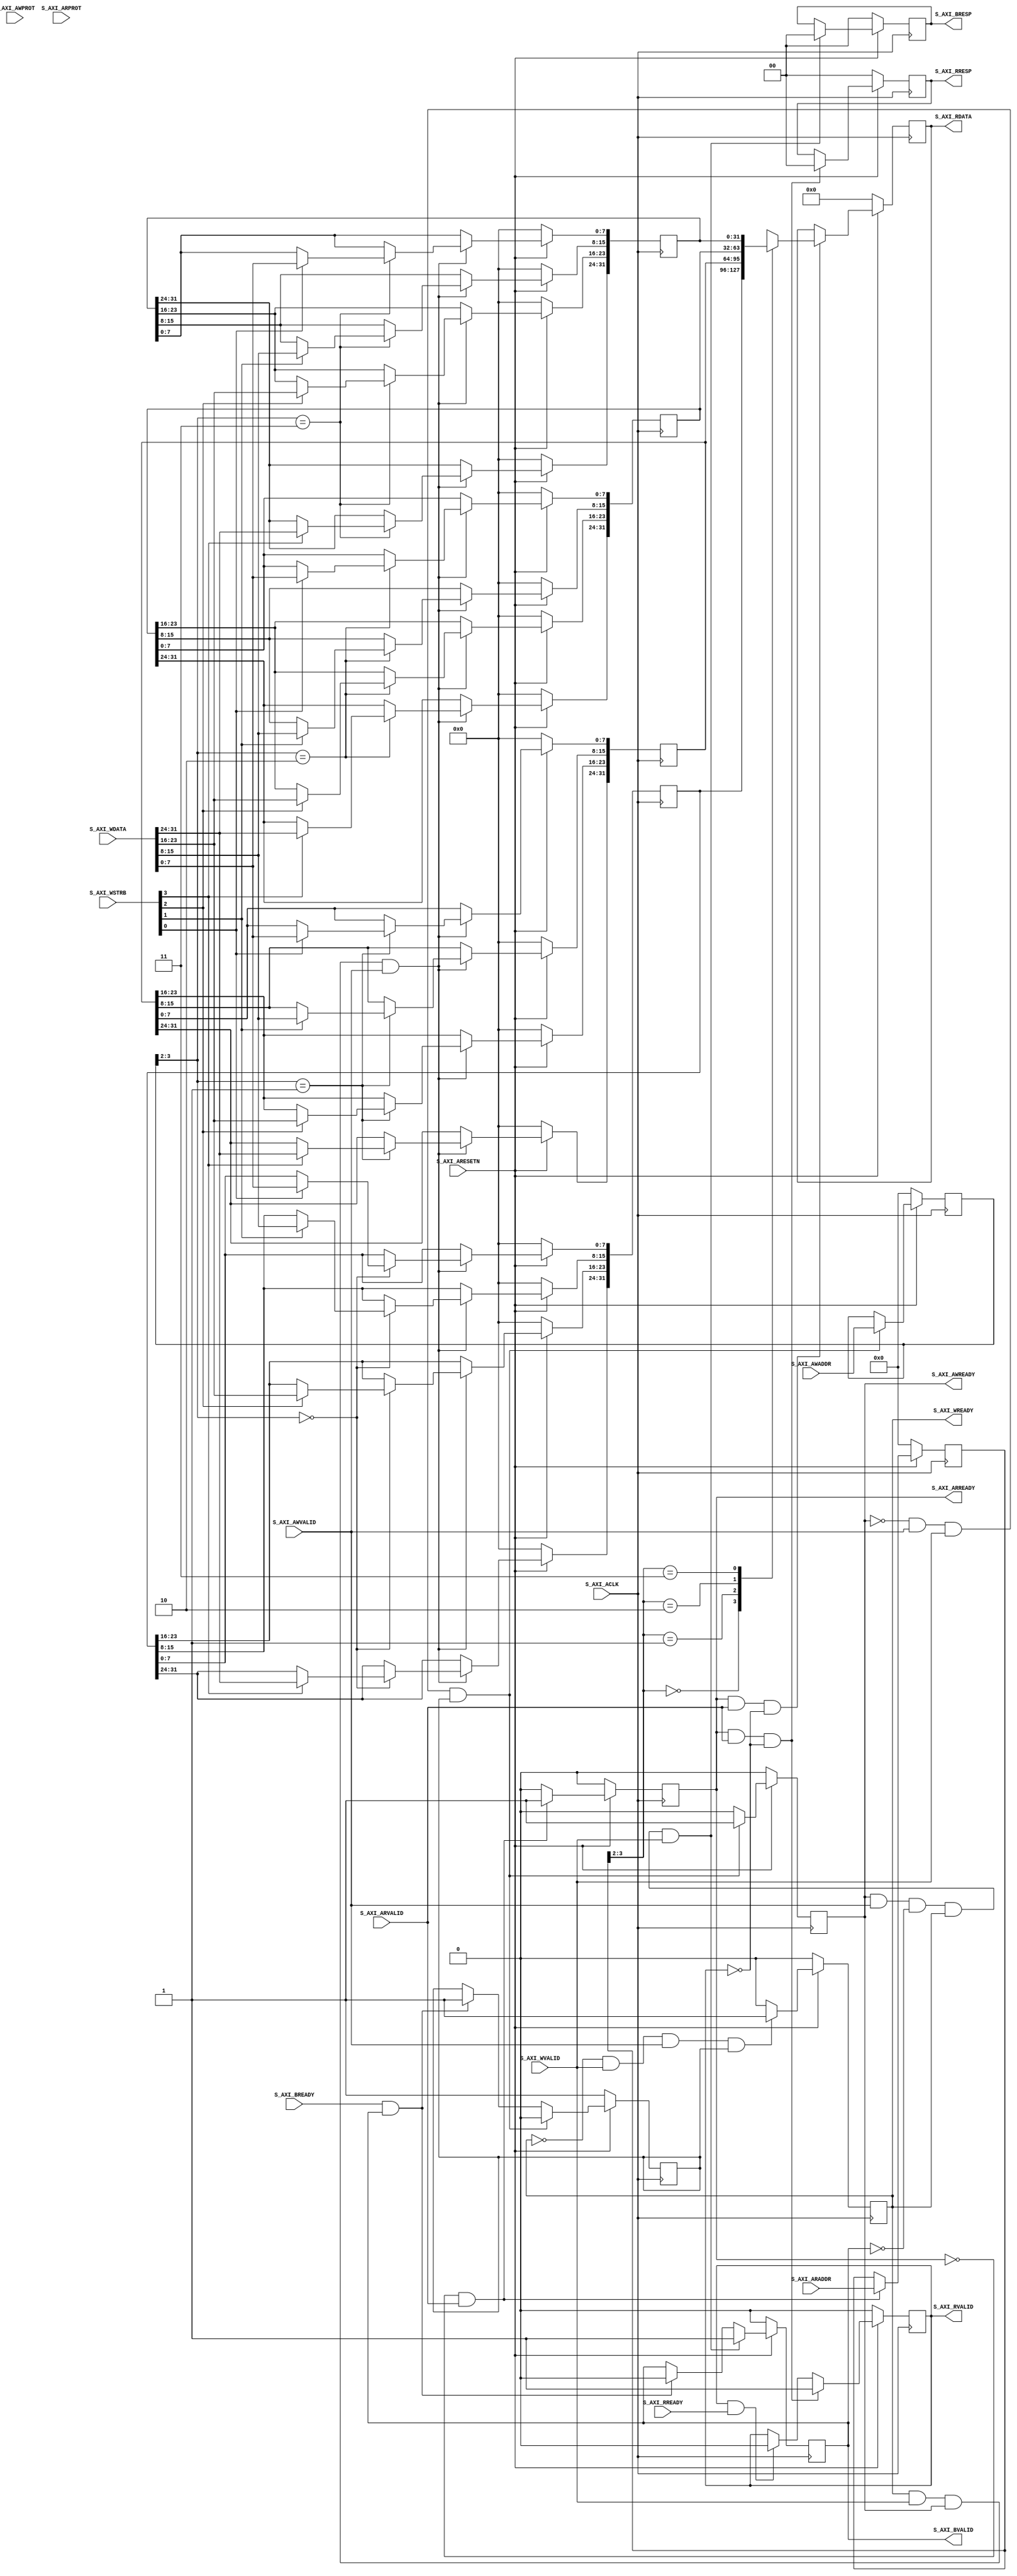

`timescale 1 ns / 1 ps

	module AXI4_Template_v1_0_S00_AXI #
	(
		// Users to add parameters here

		// User parameters ends
		// Do not modify the parameters beyond this line

		// Width of S_AXI data bus
		parameter integer C_S_AXI_DATA_WIDTH	= 32,
		// Width of S_AXI address bus
		parameter integer C_S_AXI_ADDR_WIDTH	= 4
	)
	(
		// Users to add ports here
		
		// User ports ends
		// Do not modify the ports beyond this line

		// Global Clock Signal
		input wire  S_AXI_ACLK,
		// Global Reset Signal. This Signal is Active LOW
		input wire  S_AXI_ARESETN,
		// Write address (issued by master, acceped by Slave)
		input wire [C_S_AXI_ADDR_WIDTH-1 : 0] S_AXI_AWADDR,
		// Write channel Protection type. This signal indicates the
    		// privilege and security level of the transaction, and whether
    		// the transaction is a data access or an instruction access.
		input wire [2 : 0] S_AXI_AWPROT,
		// Write address valid. This signal indicates that the master signaling
    		// valid write address and control information.
		input wire  S_AXI_AWVALID,
		// Write address ready. This signal indicates that the slave is ready
    		// to accept an address and associated control signals.
		output wire  S_AXI_AWREADY,
		// Write data (issued by master, acceped by Slave) 
		input wire [C_S_AXI_DATA_WIDTH-1 : 0] S_AXI_WDATA,
		// Write strobes. This signal indicates which byte lanes hold
    		// valid data. There is one write strobe bit for each eight
    		// bits of the write data bus.    
		input wire [(C_S_AXI_DATA_WIDTH/8)-1 : 0] S_AXI_WSTRB,
		// Write valid. This signal indicates that valid write
    		// data and strobes are available.
		input wire  S_AXI_WVALID,
		// Write ready. This signal indicates that the slave
    		// can accept the write data.
		output wire  S_AXI_WREADY,
		// Write response. This signal indicates the status
    		// of the write transaction.
		output wire [1 : 0] S_AXI_BRESP,
		// Write response valid. This signal indicates that the channel
    		// is signaling a valid write response.
		output wire  S_AXI_BVALID,
		// Response ready. This signal indicates that the master
    		// can accept a write response.
		input wire  S_AXI_BREADY,
		// Read address (issued by master, acceped by Slave)
		input wire [C_S_AXI_ADDR_WIDTH-1 : 0] S_AXI_ARADDR,
		// Protection type. This signal indicates the privilege
    		// and security level of the transaction, and whether the
    		// transaction is a data access or an instruction access.
		input wire [2 : 0] S_AXI_ARPROT,
		// Read address valid. This signal indicates that the channel
    		// is signaling valid read address and control information.
		input wire  S_AXI_ARVALID,
		// Read address ready. This signal indicates that the slave is
    		// ready to accept an address and associated control signals.
		output wire  S_AXI_ARREADY,
		// Read data (issued by slave)
		output wire [C_S_AXI_DATA_WIDTH-1 : 0] S_AXI_RDATA,
		// Read response. This signal indicates the status of the
    		// read transfer.
		output wire [1 : 0] S_AXI_RRESP,
		// Read valid. This signal indicates that the channel is
    		// signaling the required read data.
		output wire  S_AXI_RVALID,
		// Read ready. This signal indicates that the master can
    		// accept the read data and response information.
		input wire  S_AXI_RREADY
	);

	// AXI4LITE signals
	reg [C_S_AXI_ADDR_WIDTH-1 : 0] 	axi_awaddr;
	reg  	axi_awready;
	reg  	axi_wready;
	reg [1 : 0] 	axi_bresp;
	reg  	axi_bvalid;
	reg [C_S_AXI_ADDR_WIDTH-1 : 0] 	axi_araddr;
	reg  	axi_arready;
	reg [C_S_AXI_DATA_WIDTH-1 : 0] 	axi_rdata;
	reg [1 : 0] 	axi_rresp;
	reg  	axi_rvalid;

	// Example-specific design signals
	// local parameter for addressing 32 bit / 64 bit C_S_AXI_DATA_WIDTH
	// ADDR_LSB is used for addressing 32/64 bit registers/memories
	// ADDR_LSB = 2 for 32 bits (n downto 2)
	// ADDR_LSB = 3 for 64 bits (n downto 3)
	localparam integer ADDR_LSB = (C_S_AXI_DATA_WIDTH/32) + 1;
	localparam integer OPT_MEM_ADDR_BITS = 1;
	//----------------------------------------------
	//-- Signals for user logic register space example
	//------------------------------------------------
	//-- Number of Slave Registers 4
	reg [C_S_AXI_DATA_WIDTH-1:0]	slv_reg0;
	reg [C_S_AXI_DATA_WIDTH-1:0]	slv_reg1;
	reg [C_S_AXI_DATA_WIDTH-1:0]	slv_reg2;
	reg [C_S_AXI_DATA_WIDTH-1:0]	slv_reg3;
	wire	 slv_reg_rden;
	wire	 slv_reg_wren;
	reg [C_S_AXI_DATA_WIDTH-1:0]	 reg_data_out;
	integer	 byte_index;
	reg	 aw_en;

	// I/O Connections assignments

	assign S_AXI_AWREADY	= axi_awready;
	assign S_AXI_WREADY	= axi_wready;
	assign S_AXI_BRESP	= axi_bresp;
	assign S_AXI_BVALID	= axi_bvalid;
	assign S_AXI_ARREADY	= axi_arready;
	assign S_AXI_RDATA	= axi_rdata;
	assign S_AXI_RRESP	= axi_rresp;
	assign S_AXI_RVALID	= axi_rvalid;
	// Implement axi_awready generation
	// axi_awready is asserted for one S_AXI_ACLK clock cycle when both
	// S_AXI_AWVALID and S_AXI_WVALID are asserted. axi_awready is
	// de-asserted when reset is low.

	always @( posedge S_AXI_ACLK )
	begin
	  if ( S_AXI_ARESETN == 1'b0 )
	    begin
	      axi_awready <= 1'b0;
	      aw_en <= 1'b1;
	    end 
	  else
	    begin    
	      if (~axi_awready && S_AXI_AWVALID && S_AXI_WVALID && aw_en)
	        begin
	          // slave is ready to accept write address when 
	          // there is a valid write address and write data
	          // on the write address and data bus. This design 
	          // expects no outstanding transactions. 
	          axi_awready <= 1'b1;
	          aw_en <= 1'b0;
	        end
	        else if (S_AXI_BREADY && axi_bvalid)
	            begin
	              aw_en <= 1'b1;
	              axi_awready <= 1'b0;
	            end
	      else           
	        begin
	          axi_awready <= 1'b0;
	        end
	    end 
	end       

	// Implement axi_awaddr latching
	// This process is used to latch the address when both 
	// S_AXI_AWVALID and S_AXI_WVALID are valid. 

	always @( posedge S_AXI_ACLK )
	begin
	  if ( S_AXI_ARESETN == 1'b0 )
	    begin
	      axi_awaddr <= 0;
	    end 
	  else
	    begin    
	      if (~axi_awready && S_AXI_AWVALID && S_AXI_WVALID && aw_en)
	        begin
	          // Write Address latching 
	          axi_awaddr <= S_AXI_AWADDR;
	        end
	    end 
	end       

	// Implement axi_wready generation
	// axi_wready is asserted for one S_AXI_ACLK clock cycle when both
	// S_AXI_AWVALID and S_AXI_WVALID are asserted. axi_wready is 
	// de-asserted when reset is low. 

	always @( posedge S_AXI_ACLK )
	begin
	  if ( S_AXI_ARESETN == 1'b0 )
	    begin
	      axi_wready <= 1'b0;
	    end 
	  else
	    begin    
	      if (~axi_wready && S_AXI_WVALID && S_AXI_AWVALID && aw_en )
	        begin
	          // slave is ready to accept write data when 
	          // there is a valid write address and write data
	          // on the write address and data bus. This design 
	          // expects no outstanding transactions. 
	          axi_wready <= 1'b1;
	        end
	      else
	        begin
	          axi_wready <= 1'b0;
	        end
	    end 
	end       

	// Implement memory mapped register select and write logic generation
	// The write data is accepted and written to memory mapped registers when
	// axi_awready, S_AXI_WVALID, axi_wready and S_AXI_WVALID are asserted. Write strobes are used to
	// select byte enables of slave registers while writing.
	// These registers are cleared when reset (active low) is applied.
	// Slave register write enable is asserted when valid address and data are available
	// and the slave is ready to accept the write address and write data.
	assign slv_reg_wren = axi_wready && S_AXI_WVALID && axi_awready && S_AXI_AWVALID;

	always @( posedge S_AXI_ACLK )
	begin
	  if ( S_AXI_ARESETN == 1'b0 )
	    begin
	      slv_reg0 <= 0;
	      slv_reg1 <= 0;
	      slv_reg2 <= 0;
	      slv_reg3 <= 0;
	    end 
	  else begin
	    if (slv_reg_wren)
	      begin
	        case ( axi_awaddr[ADDR_LSB+OPT_MEM_ADDR_BITS:ADDR_LSB] )
	          2'h0:
	            for ( byte_index = 0; byte_index <= (C_S_AXI_DATA_WIDTH/8)-1; byte_index = byte_index+1 )
	              if ( S_AXI_WSTRB[byte_index] == 1 ) begin
	                // Respective byte enables are asserted as per write strobes 
	                // Slave register 0
	                slv_reg0[(byte_index*8) +: 8] <= S_AXI_WDATA[(byte_index*8) +: 8];
	              end  
	          2'h1:
	            for ( byte_index = 0; byte_index <= (C_S_AXI_DATA_WIDTH/8)-1; byte_index = byte_index+1 )
	              if ( S_AXI_WSTRB[byte_index] == 1 ) begin
	                // Respective byte enables are asserted as per write strobes 
	                // Slave register 1
	                slv_reg1[(byte_index*8) +: 8] <= S_AXI_WDATA[(byte_index*8) +: 8];
	              end  
	          2'h2:
	            for ( byte_index = 0; byte_index <= (C_S_AXI_DATA_WIDTH/8)-1; byte_index = byte_index+1 )
	              if ( S_AXI_WSTRB[byte_index] == 1 ) begin
	                // Respective byte enables are asserted as per write strobes 
	                // Slave register 2
	                slv_reg2[(byte_index*8) +: 8] <= S_AXI_WDATA[(byte_index*8) +: 8];
	              end  
	          2'h3:
	            for ( byte_index = 0; byte_index <= (C_S_AXI_DATA_WIDTH/8)-1; byte_index = byte_index+1 )
	              if ( S_AXI_WSTRB[byte_index] == 1 ) begin
	                // Respective byte enables are asserted as per write strobes 
	                // Slave register 3
	                slv_reg3[(byte_index*8) +: 8] <= S_AXI_WDATA[(byte_index*8) +: 8];
	              end  
	          default : begin
	                      slv_reg0 <= slv_reg0;
	                      slv_reg1 <= slv_reg1;
	                      slv_reg2 <= slv_reg2;
	                      slv_reg3 <= slv_reg3;
	                    end
	        endcase
	      end
	  end
	end    

	// Implement write response logic generation
	// The write response and response valid signals are asserted by the slave 
	// when axi_wready, S_AXI_WVALID, axi_wready and S_AXI_WVALID are asserted.  
	// This marks the acceptance of address and indicates the status of 
	// write transaction.

	always @( posedge S_AXI_ACLK )
	begin
	  if ( S_AXI_ARESETN == 1'b0 )
	    begin
	      axi_bvalid  <= 0;
	      axi_bresp   <= 2'b0;
	    end 
	  else
	    begin    
	      if (axi_awready && S_AXI_AWVALID && ~axi_bvalid && axi_wready && S_AXI_WVALID)
	        begin
	          // indicates a valid write response is available
	          axi_bvalid <= 1'b1;
	          axi_bresp  <= 2'b0; // 'OKAY' response 
	        end                   // work error responses in future
	      else
	        begin
	          if (S_AXI_BREADY && axi_bvalid) 
	            //check if bready is asserted while bvalid is high) 
	            //(there is a possibility that bready is always asserted high)   
	            begin
	              axi_bvalid <= 1'b0; 
	            end  
	        end
	    end
	end   

	// Implement axi_arready generation
	// axi_arready is asserted for one S_AXI_ACLK clock cycle when
	// S_AXI_ARVALID is asserted. axi_awready is 
	// de-asserted when reset (active low) is asserted. 
	// The read address is also latched when S_AXI_ARVALID is 
	// asserted. axi_araddr is reset to zero on reset assertion.

	always @( posedge S_AXI_ACLK )
	begin
	  if ( S_AXI_ARESETN == 1'b0 )
	    begin
	      axi_arready <= 1'b0;
	      axi_araddr  <= 32'b0;
	    end 
	  else
	    begin    
	      if (~axi_arready && S_AXI_ARVALID)
	        begin
	          // indicates that the slave has acceped the valid read address
	          axi_arready <= 1'b1;
	          // Read address latching
	          axi_araddr  <= S_AXI_ARADDR;
	        end
	      else
	        begin
	          axi_arready <= 1'b0;
	        end
	    end 
	end       

	// Implement axi_arvalid generation
	// axi_rvalid is asserted for one S_AXI_ACLK clock cycle when both 
	// S_AXI_ARVALID and axi_arready are asserted. The slave registers 
	// data are available on the axi_rdata bus at this instance. The 
	// assertion of axi_rvalid marks the validity of read data on the 
	// bus and axi_rresp indicates the status of read transaction.axi_rvalid 
	// is deasserted on reset (active low). axi_rresp and axi_rdata are 
	// cleared to zero on reset (active low).  
	always @( posedge S_AXI_ACLK )
	begin
	  if ( S_AXI_ARESETN == 1'b0 )
	    begin
	      axi_rvalid <= 0;
	      axi_rresp  <= 0;
	    end 
	  else
	    begin    
	      if (axi_arready && S_AXI_ARVALID && ~axi_rvalid)
	        begin
	          // Valid read data is available at the read data bus
	          axi_rvalid <= 1'b1;
	          axi_rresp  <= 2'b0; // 'OKAY' response
	        end   
	      else if (axi_rvalid && S_AXI_RREADY)
	        begin
	          // Read data is accepted by the master
	          axi_rvalid <= 1'b0;
	        end                
	    end
	end    

	// Implement memory mapped register select and read logic generation
	// Slave register read enable is asserted when valid address is available
	// and the slave is ready to accept the read address.
	assign slv_reg_rden = axi_arready & S_AXI_ARVALID & ~axi_rvalid;
	always @(*)
	begin
	      // Address decoding for reading registers
	      case ( axi_araddr[ADDR_LSB+OPT_MEM_ADDR_BITS:ADDR_LSB] )
	        2'h0   : reg_data_out <= slv_reg0;
	        2'h1   : reg_data_out <= slv_reg1;
	        2'h2   : reg_data_out <= slv_reg2;
	        2'h3   : reg_data_out <= slv_reg3;
	        default : reg_data_out <= 0;
	      endcase
	end

	// Output register or memory read data
	always @( posedge S_AXI_ACLK )
	begin
	  if ( S_AXI_ARESETN == 1'b0 )
	    begin
	      axi_rdata  <= 0;
	    end 
	  else
	    begin    
	      // When there is a valid read address (S_AXI_ARVALID) with 
	      // acceptance of read address by the slave (axi_arready), 
	      // output the read dada 
	      if (slv_reg_rden)
	        begin
	          axi_rdata <= reg_data_out;     // register read data
	        end   
	    end
	end    

	// Add user logic here
	
	// User logic ends

	endmodule